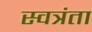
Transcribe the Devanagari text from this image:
स्वत्रंता